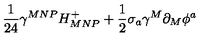
\frac { 1 } { 2 4 } \gamma ^ { M N P } H _ { M N P } ^ { + } + \frac { 1 } { 2 } \sigma _ { a } \gamma ^ { M } \partial _ { M } \phi ^ { a }